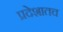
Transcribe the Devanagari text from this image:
प्रदेशातच